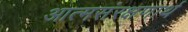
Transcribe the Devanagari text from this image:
आत्मसंरक्षणार्थ